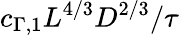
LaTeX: c_{\Gamma,1}L^{4/3}D^{2/3}/\tau